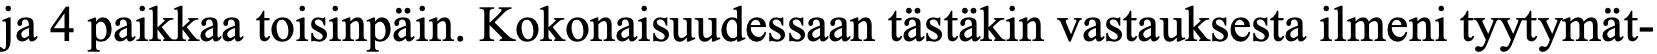
ja 4 paikkaa toisinpäin. Kokonaisuudessaan tästäkin vastauksesta ilmeni tyytymät-